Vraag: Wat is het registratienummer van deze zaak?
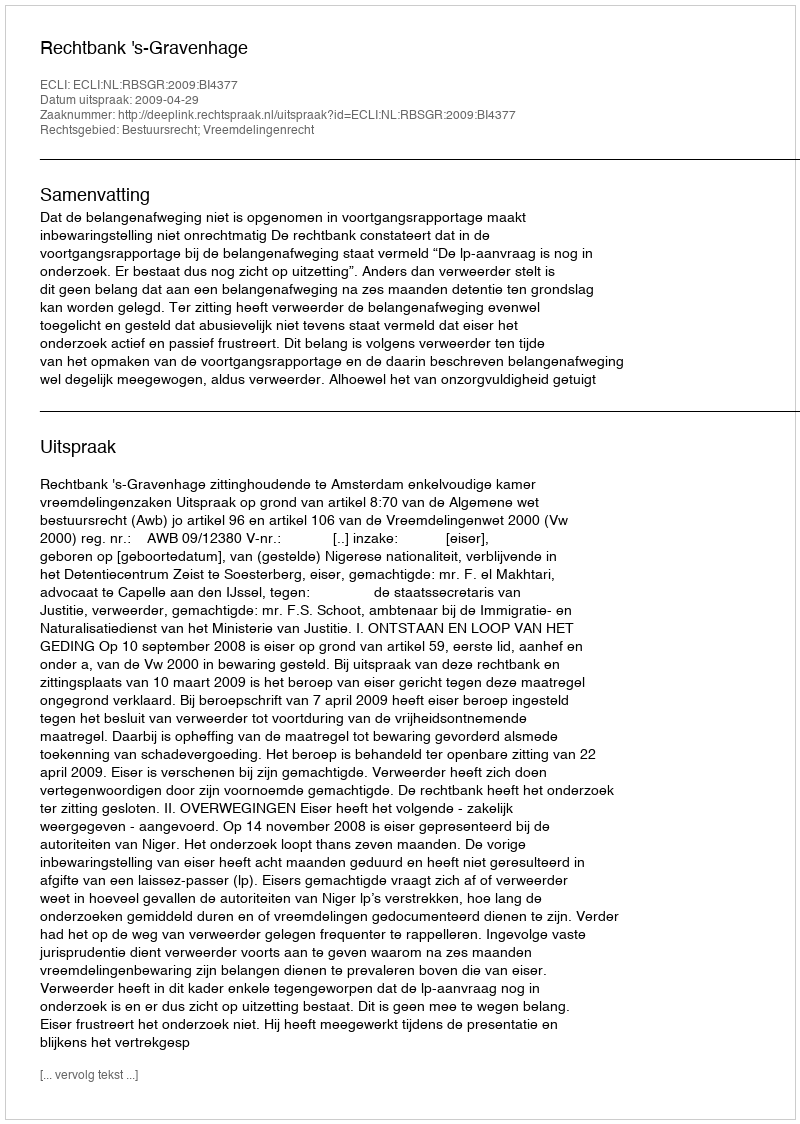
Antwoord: http://deeplink.rechtspraak.nl/uitspraak?id=ECLI:NL:RBSGR:2009:BI4377